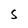
Character: S